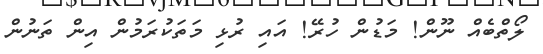
ލޯތްބެއް ނޫން! މަޑުން ހުރޭ! އައި ރުޅި މަތަކުރަމުން އިން ތަނުން